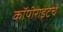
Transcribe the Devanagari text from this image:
कॉपीराइटचे